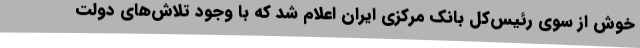
خوش از سوی رئیس‌کل بانک مرکزی ایران اعلام شد که با وجود تلاش‌های دولت